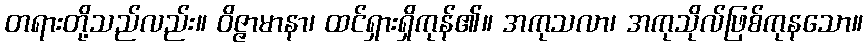
တရားတို့သည်လည်း။ ဝိဇ္ဇာမာနာ၊ ထင်ရှားရှိကုန်၏။ အကုသလာ၊ အကုသိုလ်ဖြစ်ကုနသော။